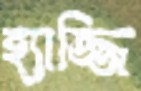
হ্যাজ্জি